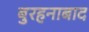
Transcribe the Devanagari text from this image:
बुरहनाबाद